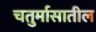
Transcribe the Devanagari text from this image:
चतुर्मासातील